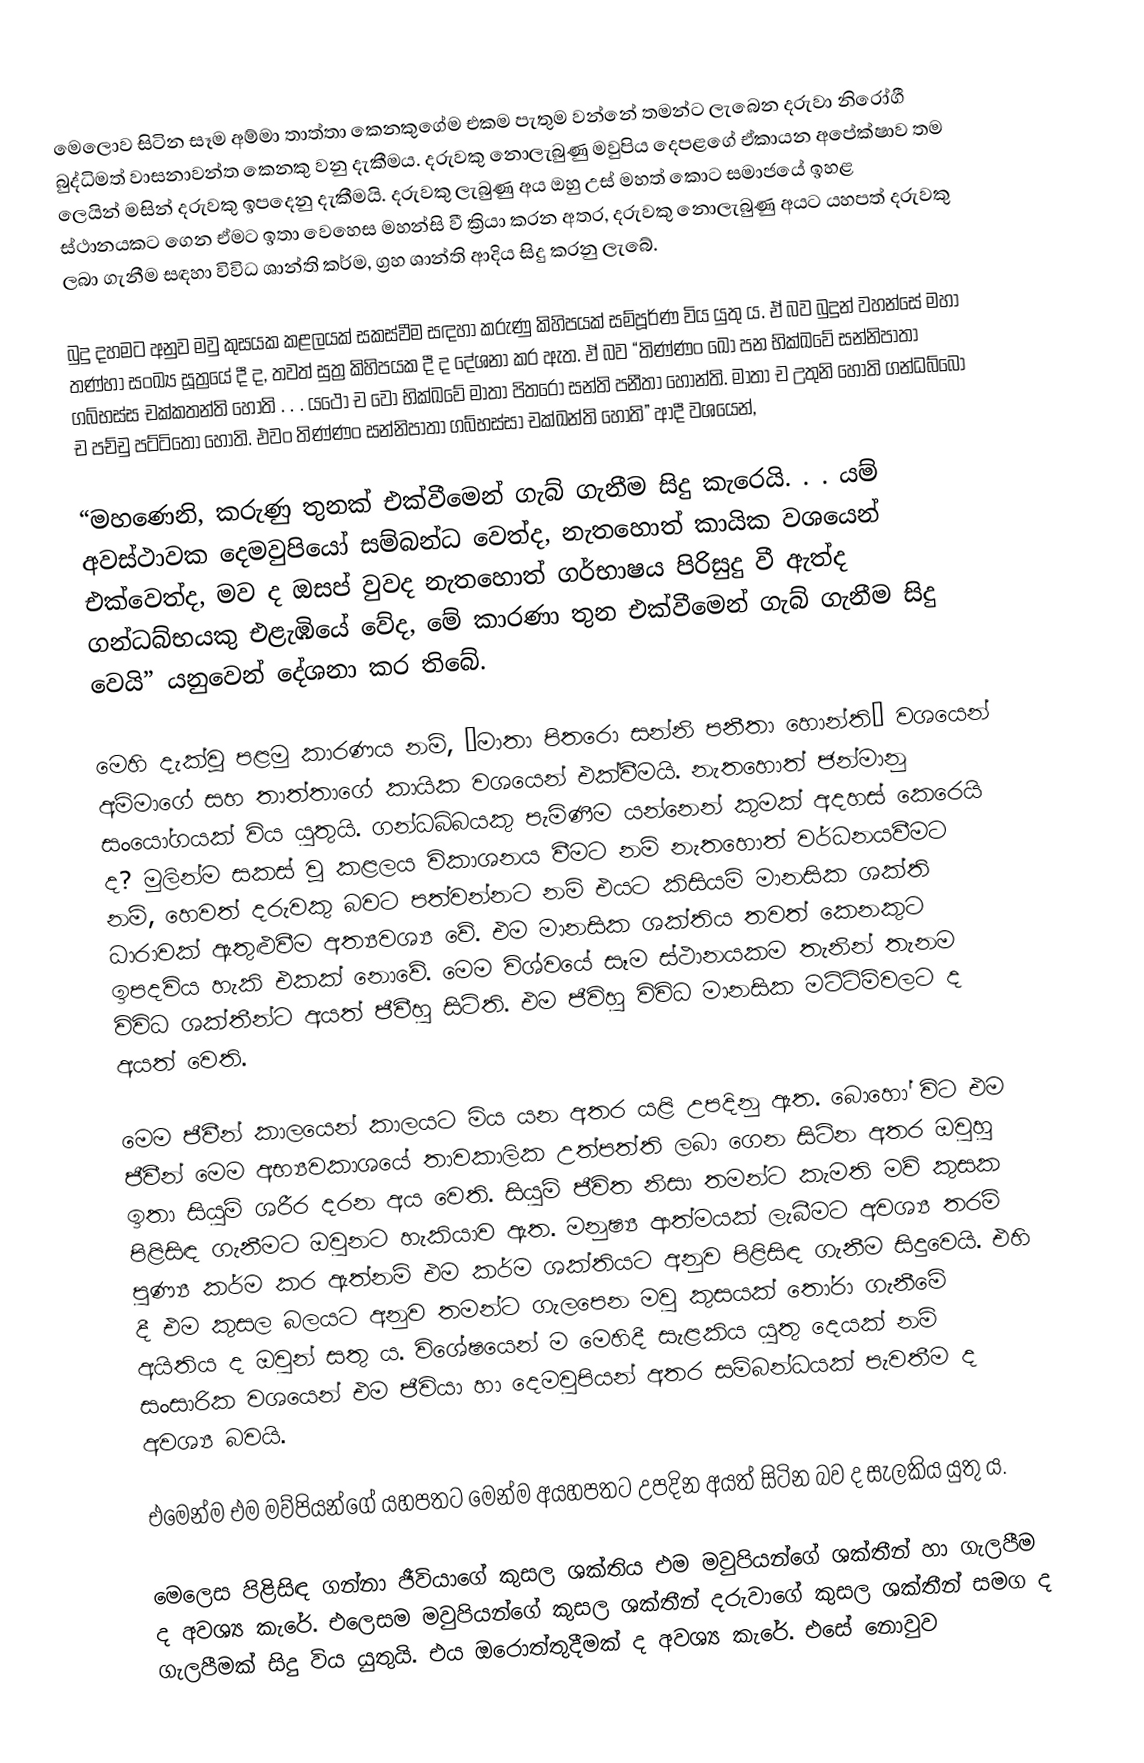
මෙලොව සිටින සෑම අම්මා තාත්තා කෙනකුගේම එකම පැතුම වන්නේ තමන්ට ලැබෙන දරුවා නිරෝගී බුද්ධිමත් වාසනාවන්ත කෙනකු වනු දැකීමය. දරුවකු නොලැබුණු මවුපිය දෙපළගේ ඒකායන අපේක්ෂාව තම ලෙයින් මසින් දරුවකු ඉපදෙනු දැකීමයි. දරුවකු ලැබුණු අය ඔහු උස් මහත් කොට සමාජයේ ඉහළ ස්ථානයකට ගෙන ඒමට ඉතා වෙහෙස මහන්සි වී ක්‍රියා කරන අතර, දරුවකු නොලැබුණු අයට යහපත් දරුවකු ලබා ගැනීම සඳහා විවිධ ශාන්ති කර්ම, ග්‍රහ ශාන්ති ආදිය සිදු කරනු ලැබේ.

බුදු දහමට අනුව මවු කුසයක කළලයක් සකස්වීම සඳහා කරුණු කිහිපයක් සම්පූර්ණ විය යුතු ය. ඒ බව බුදුන් වහන්සේ මහා තණ්හා සංඛ්‍ය සූත්‍රයේ දී ද, තවත් සුත්‍ර කිහිපයක දී ද දේශනා කර ඇත. ඒ බව “තිණ්ණං ඛො පන භික්ඛවේ සන්නිපාතා ගබ්භස්ස චක්කතන්ති හෝති . . . යථෝ ච වො භික්ඛවේ මාතා පිතරෝ සන්ති පනීතා හොන්ති. මාතා ච උතුනි හෝති ගන්ධබ්බො ච පච්චු පට්ටිතො හොති. එවං තිණ්ණං සන්නිපාතා ගබ්භස්සා චක්ඛන්ති හොති” ආදී වශයෙන්,

“මහණෙනි, කරුණු තුනක් එක්වීමෙන් ගැබ් ගැනීම සිදු කැරෙයි. . . යම් අවස්ථාවක දෙමවුපියෝ සම්බන්ධ වෙත්ද, නැතහොත් කායික වශයෙන් එක්වෙත්ද, මව ද ඔසප් වුවද නැතහොත් ගර්භාෂය පිරිසුදු වී ඇත්ද ගන්ධබ්භයකු එළැඹියේ වේද, මේ කාරණා තුන එක්වීමෙන් ගැබ් ගැනීම සිදු වෙයි” යනුවෙන් දේශනා කර තිබේ.

මෙහි දැක්වූ පළමු කාරණය නම්, “මාතා පිතරො සන්නි පනීතා හොන්ති” වශයෙන් අම්මාගේ සහ තාත්තාගේ කායික වශයෙන් එක්වීමයි. නැතහොත් ජන්මානු සංයෝගයක් විය යුතුයි. ගන්ධබ්බයකු පැමිණීම යන්නෙන් කුමක් අදහස් කෙරෙයි ද? මුලින්ම සකස් වූ කළලය විකාශනය වීමට නම් නැතහොත් වර්ධනයවීමට නම්, හෙවත් දරුවකු බවට පත්වන්නට නම් එයට කිසියම් මානසික ශක්ති ධාරාවක් ඇතුළුවීම අත්‍යවශ්‍ය වේ. එම මානසික ශක්තිය තවත් කෙනකුට ඉපදවිය හැකි එකක් නොවේ. මෙම විශ්වයේ සෑම ස්ථානයකම තැනින් තැනම විවිධ ශක්තීන්ට අයත් ජීවීහු සිටිති. එම ජීවිහු විවිධ මානසික මට්ට්ම්වලට ද අයත් වෙති.

මෙම ජීවීන් කාලයෙන් කාලයට මිය යන අතර යළි උපදිනු ඇත. බොහෝ විට එම ජීවීන් මෙම අභ්‍යවකාශයේ තාවකාලික උත්පත්ති ලබා ගෙන සිටින අතර ඔවුහු ඉතා සියුම් ශරීර දරන අය වෙති. සියුම් ජීවිත නිසා තමන්ට කැමති මව් කුසක පිළිසිඳ ගැනීමට ඔවුනට හැකියාව ඇත. මනුෂ්‍ය ආත්මයක් ලැබීමට අවශ්‍ය තරම් පුණ්‍ය කර්ම කර ඇත්නම් එම කර්ම ශක්තියට අනුව පිළිසිඳ ගැනීම සිදුවෙයි. එහි දී එම කුසල බලයට අනුව තමන්ට ගැලපෙන මවු කුසයක් තෝරා ගැනීමේ අයිතිය ද ඔවුන් සතු ය. විශේෂයෙන් ම මෙහිදී සැළකිය යුතු දෙයක් නම් සංසාරික වශයෙන් එම ජීවියා හා දෙමවුපියන් අතර සම්බන්ධයක් පැවතීම ද අවශ්‍ය බවයි.

එමෙන්ම එම මව්පියන්ගේ යහපතට මෙන්ම අයහපතට උපදින අයත් සිටින බව ද සැලකිය යුතු ය.

මෙලෙස පිළිසිඳ ගන්නා ජීවියාගේ කුසල ශක්තිය එම මවුපියන්ගේ ශක්තීන් හා ගැලපීම ද අවශ්‍ය කැරේ. එලෙසම මවුපියන්ගේ කුසල ශක්තීන් දරුවාගේ කුසල ශක්තීන් සමග ද ගැලපීමක් සිදු විය යුතුයි. එය ඔරොත්තුදීමක් ද අවශ්‍ය කැරේ. එසේ නොවුව